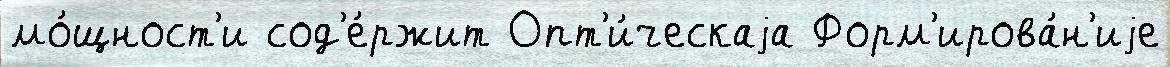
мо́щност'и сод'е́ржит Опт'и́ческаjа Форм'ирова́н'иjе